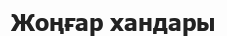
Жоңғар хандары